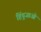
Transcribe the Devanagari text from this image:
हिंदुजाओं